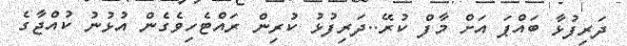
ދަރިފުޅާ ބައްޕަ އަށް މާފް ކުރޭ..ދަރިފުޅު ކުރިން ރައްޓެހިވެގެން އުޅުނު ކުއްޖާގެ